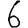
Digit: 6